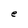
Character: e